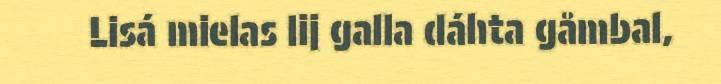
Lisá mielas lij galla dáhta gåmbal,